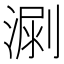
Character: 𣺳